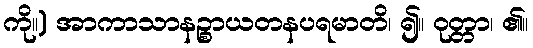
ကို။) အာကာသာနဉ္စာယတနပရမာတိ၊ ၍။ ဝုတ္တာ၊ ၏။